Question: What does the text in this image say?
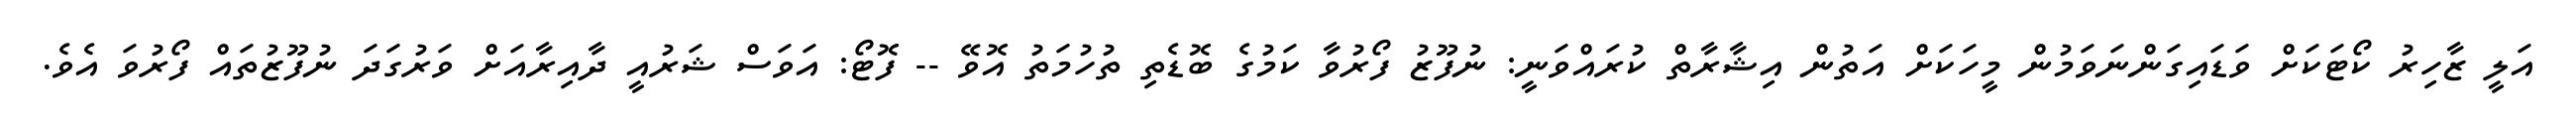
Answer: އަލީ ޒާހިރު ކޯޓަކަށް ވަޑައިގަންނަވަމުން މީހަކަށް އަތުން އިޝާރާތް ކުރައްވަނީ: ނުފޫޒު ފޯރުވާ ކަމުގެ ބޮޑެތި ތުހުމަތު އޮވޭ -- ފޮޓޯ: އަވަސް ޝަރުއީ ދާއިރާއަށް ވަރުގަދަ ނުފޫޒުތައް ފޯރުވަ އެވެ.